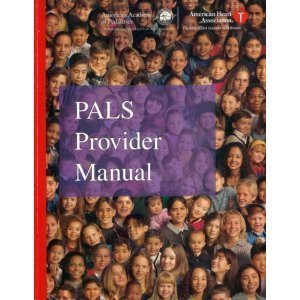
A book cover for PALS Provider Manual; Aha; Health, Fitness & Dieting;